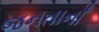
જનતાનાઁ